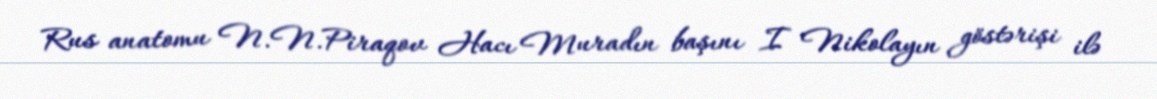
Rus anatomu N.N.Piraqov Hacı Muradın başını I Nikolayın göstərişi ilə